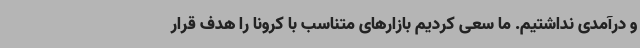
و درآمدی نداشتیم. ما سعی کردیم بازارهای متناسب با کرونا را هدف قرار